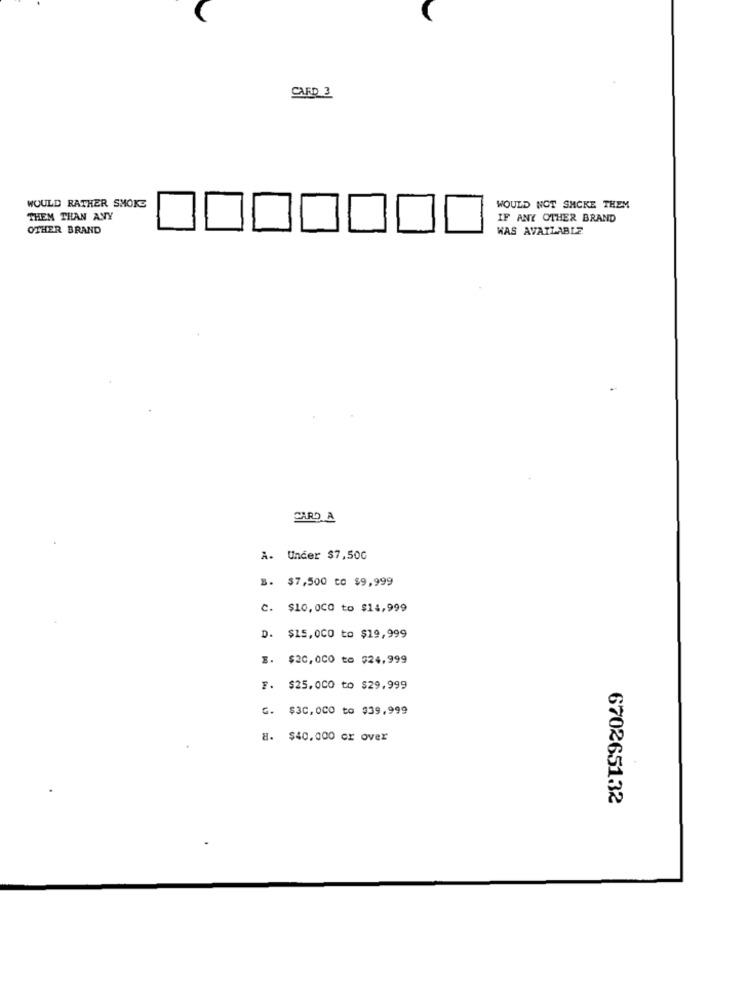
CARD 3
WOULD RATHER SHOKE
WOULD NOT SMCKE THEM
THEM THAN ANY
IF ANY OTHER BRAND
OTHER BRAND
WAS AVAILABLE
CARD A
A. Under $7,50G
B. $7,500 to $9,999
C. $10, 0CO to $14,999
D. $15,000 to $19,999
E. $20,000 to $24,999
F. $25.000 to $29,999
G. $3C, OCO to $39,999
8. $40.000 cr over
670265132